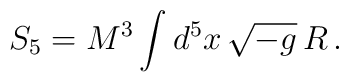
S_5=M^3\int d^5 x\,\sqrt{-g}\,R\,.